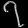
Digit: ၇